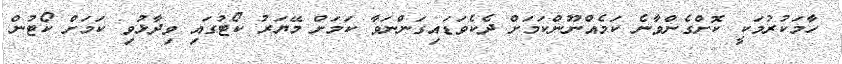
ހާމަކުރުމަކީ ކޮށްގެންވާނެ ކަމެއްނޫންކަމަށް ދެކެވަޑައިގަންނަވާ ކަމަށް މޭޔަރު ކޯޓުގައި ވިދާޅުވި ކަމަށް ކޯޓުން